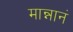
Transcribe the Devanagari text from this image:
मान्नानं